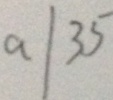
a \vert 3 5